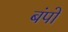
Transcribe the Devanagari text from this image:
बंपो